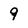
Character: 9